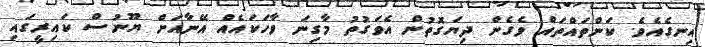
އިނގެއެވެ. ކަންތައްތައް ވެގެން ދިޔަގޮތުން އެވަގުތު މާގިނަ ވާހަކައެއް އޭނާއަށް ޔޫނުސް ކައިރީގައި